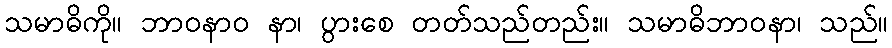
သမာဓိကို။ ဘာဝနာဝ နာ၊ ပွားစေ တတ်သည်တည်း။ သမာဓိဘာဝနာ၊ သည်။